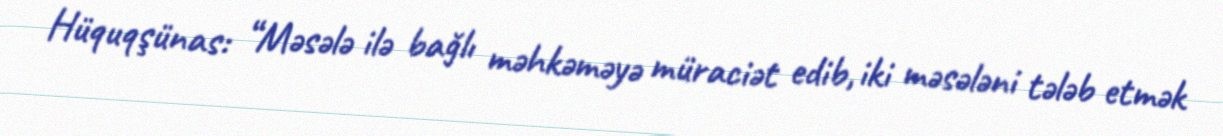
Hüquqşünas: “Məsələ ilə bağlı məhkəməyə müraciət edib, iki məsələni tələb etmək